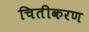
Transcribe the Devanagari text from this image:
चितीकरण